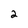
Character: 2